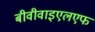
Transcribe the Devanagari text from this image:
बीवीवाइएलएफ